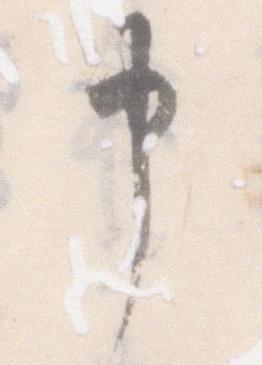
申